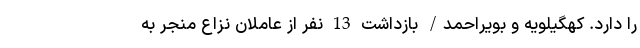
را دارد. کهگیلویه و بویراحمد/ بازداشت 13 نفر از عاملان نزاع منجر به